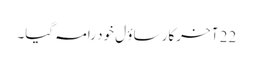
22 آ خرکار ساؤ ل خود رامہ گیا۔